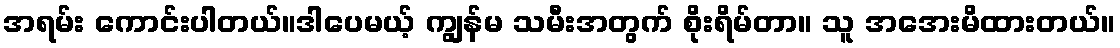
အရမ်း ကောင်းပါတယ်။ဒါပေမယ့် ကျွန်မ သမီးအတွက် စိုးရိမ်တာ။ သူ အအေးမိထားတယ်။